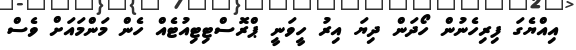
އިއްޔެގަ ފިރިހެނުން ހޯދަން ދިޔަ އިރު ހީވަނީ ޕްރޮސްޓިޓިއުޓެއް ހެން މަންމައަށް ވެސް